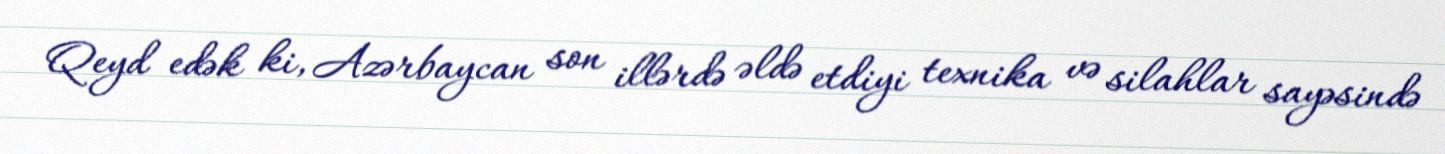
Qeyd edək ki, Azərbaycan son illərdə əldə etdiyi texnika və silahlar sayəsində